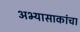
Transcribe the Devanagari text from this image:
अभ्यासाकांचा